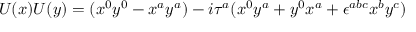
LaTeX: U ( x ) U ( y ) = ( x ^ { 0 } y ^ { 0 } - x ^ { a } y ^ { a } ) - i \tau ^ { a } ( x ^ { 0 } y ^ { a } + y ^ { 0 } x ^ { a } + \epsilon ^ { a b c } x ^ { b } y ^ { c } )